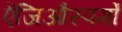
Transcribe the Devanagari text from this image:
ऐंजिऔस्पर्मों